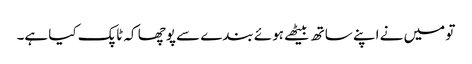
تو میں نے اپنے ساتھ بیٹھے ہوئے بندے سے پوچھا کہ ٹاپک کیا ہے۔